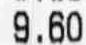
9.60